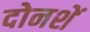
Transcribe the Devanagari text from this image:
दोनशें